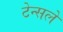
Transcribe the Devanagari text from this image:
टेन्सले